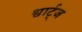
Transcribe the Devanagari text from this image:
श्वार्ट्‌ज